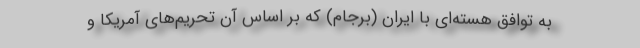
به توافق هسته‌ای با ایران (برجام) که بر اساس آن تحریم‌های آمریکا و